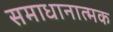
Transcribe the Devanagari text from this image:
समाधानात्मक